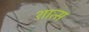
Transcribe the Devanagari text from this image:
शात्स